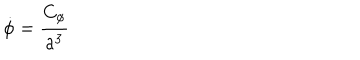
\dot { \phi } = { \frac { C _ { \phi } } { a ^ { 3 } } }